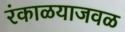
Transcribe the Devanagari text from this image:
रंकाळयाजवळ